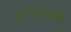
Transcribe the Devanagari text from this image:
सुगंधवाली